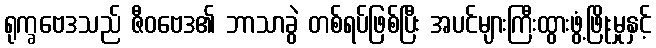
ရုက္ခဗေဒသည် ဇီဝဗေဒ၏ ဘာသာခွဲ တစ်ရပ်ဖြစ်ပြီး အပင်များကြီးထွားဖွံ့ဖြိုးမှုနှင့်